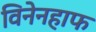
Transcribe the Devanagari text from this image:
विनेनहाफ